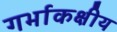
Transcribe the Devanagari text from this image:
गर्भाकक्षीय